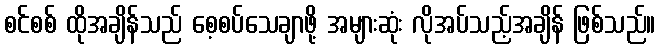
စင်စစ် ထိုအချိန်သည် စေ့စပ်သေချာဖို့ အများဆုံး လိုအပ်သည့်အချိန် ဖြစ်သည်။